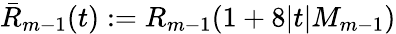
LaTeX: \bar{R}_{m-1}(t):=R_{m-1}(1+8|t|M_{m-1})